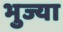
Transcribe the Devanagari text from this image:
भुज्या